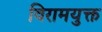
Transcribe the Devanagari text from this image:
विरामयुक्त